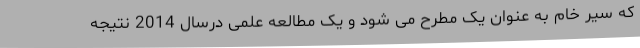
که سیر خام به عنوان یک مطرح می شود و یک مطالعه علمی درسال 2014 نتیجه